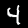
Digit: 4